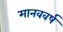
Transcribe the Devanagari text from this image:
मानववर्ष